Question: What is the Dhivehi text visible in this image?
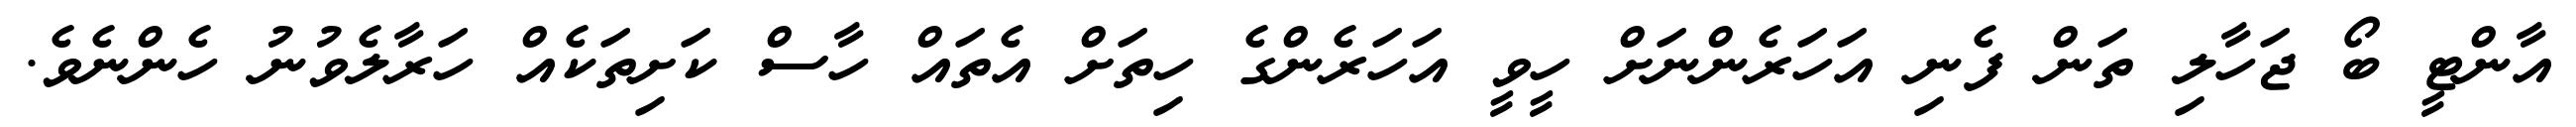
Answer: އާންޓީ ބޯ ޖަހާލި ތަން ފެނި އަހަރެންނަށް ހީވީ އަހަރެންގެ ހިތަށް އެތައް ހާސް ކަށިތަކެއް ހަރާލެވުނު ހެންނެވެ.